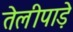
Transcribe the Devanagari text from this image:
तेलीपाड़े